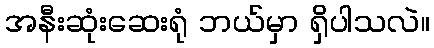
အနီးဆုံးဆေးရုံ ဘယ်မှာ ရှိပါသလဲ။